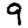
Digit: 9